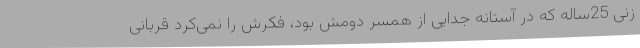
زنی 25ساله که در آستانه جدایی از همسر دومش بود، فکرش را نمی‌کرد قربانی